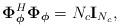
LaTeX: \begin{align*}\boldsymbol{\Phi}_{\boldsymbol{\phi}}^H\boldsymbol{\Phi}_{\boldsymbol{\phi}} = N_c\mathbf{I}_{N_c},\end{align*}